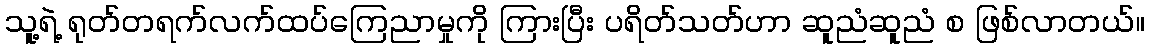
သူ့ရဲ့ ရုတ်တရက်လက်ထပ်ကြေညာမှုကို ကြားပြီး ပရိတ်သတ်ဟာ ဆူညံဆူညံ စ ဖြစ်လာတယ်။